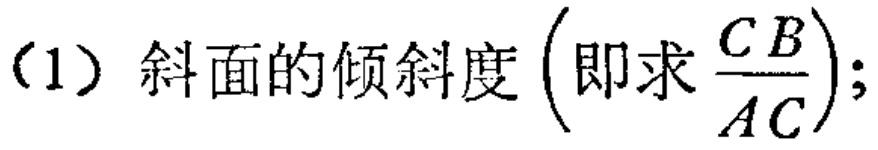
（1）斜面的倾斜度$\left(即求\frac{CB}{AC}\right);$